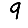
Digit: 9